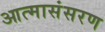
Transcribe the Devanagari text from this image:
आत्मासंसरण